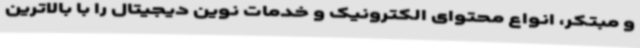
و مبتکر، انواع محتوای الکترونیک و خدمات نوین دیجیتال را با بالاترین